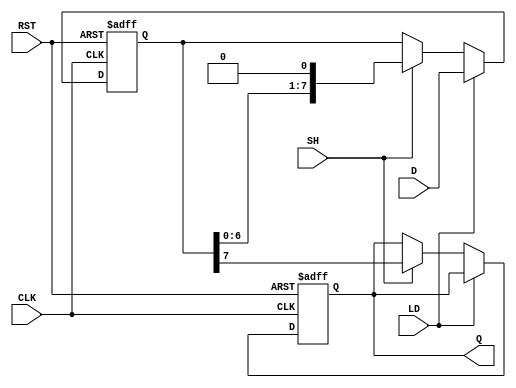
module PISO_Register (
    input wire [7:0] D,      // 8-bit parallel input data
    input wire LD,           // Load control signal
    input wire SH,           // Shift control signal
    input wire CLK,          // Clock signal
    output reg Q,            // Serial output data
    input wire RST           // Asynchronous reset signal
);

    reg [7:0] shift_reg;     // 8-bit shift register

    always @(posedge CLK or posedge RST) begin
        if (RST) begin
            shift_reg <= 8'b0; // Clear the shift register on reset
            Q <= 1'b0;          // Clear the output
        end else begin
            if (LD) begin
                shift_reg <= D; // Load data into the shift register
            end else if (SH) begin
                Q <= shift_reg[7]; // Output the MSB
                shift_reg <= {shift_reg[6:0], 1'b0}; // Shift right
            end
        end
    end

endmodule